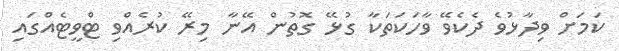
ކަމަށް ވިދާޅުވެ ދެކެވޭ ވާހަކަތަކާ ގުޅޭ ގޮތުން އޭނާ މިރޭ ކުރެއްވި ޓްވީޓެއްގައި